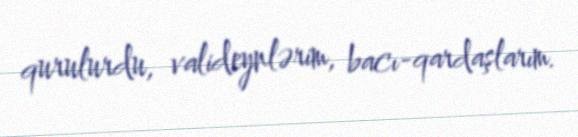
qurulurdu, valideynlərim, bacı-qardaşlarım.